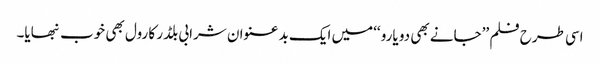
اسی طرح فلم ’’جانے بھی دو یارو ‘‘میں ایک بد عنوان شرابی بلڈر کا رول بھی خوب نبھایا۔